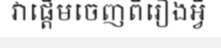
វាផ្តើមចេញពីរឿងអ្វី